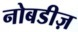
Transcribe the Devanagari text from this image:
नोबडीज़